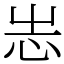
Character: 𢗍